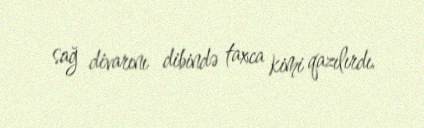
sağ divarını dibində taxca kimi qazılırdı.